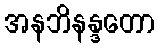
အနဘိနန္ဒတော